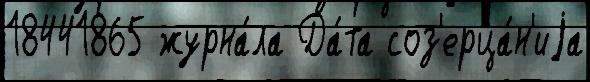
18441865 журна́ла Да́та соз'ерца́н'иjа